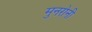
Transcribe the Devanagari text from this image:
मुनरोनी